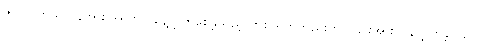
ဇူလိုင် ကွယ်လွန်အား အာဏာ စွန့်လွှတ်စေခဲ့သည့် တစ် ရက်တည်းတွင် ၎င်းအား ပြန်လွှတ်ခဲ့သည်။